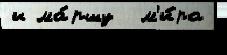
и ма́ршу  м'и́ра